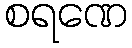
စရဏေ